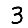
Digit: 3